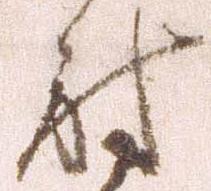
討